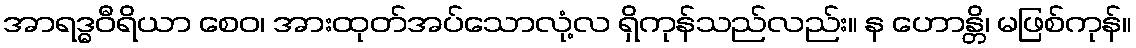
အာရဒ္ဓဝီရိယာ စေဝ၊ အားထုတ်အပ်သောလုံ့လ ရှိကုန်သည်လည်း။ န ဟောန္တိ၊ မဖြစ်ကုန်။